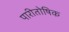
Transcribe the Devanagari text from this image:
पारीतोषिक